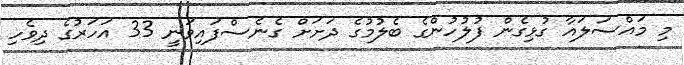
މި މައްސަލައާ ގުޅިގެން ފުލުހުންގެ ބެލުމުގެ ދަށަށް ގެނެސްފައިވަނީ 33 އަހަރުގެ ދިވެހި